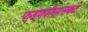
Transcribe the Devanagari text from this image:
फडणवीसांसकट